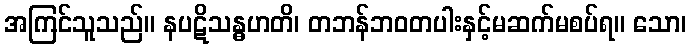
အကြင်သူသည်။ နပဋိသန္ဓဟတိ၊ တဘန်ဘဝတပါးနှင့်မဆက်မစပ်ရ။ သော၊